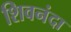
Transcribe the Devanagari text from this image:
शिवनंदा